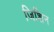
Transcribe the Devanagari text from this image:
जिशिन